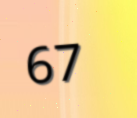
67